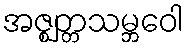
အဇ္ဈတ္တသမ္ဘဝေါ